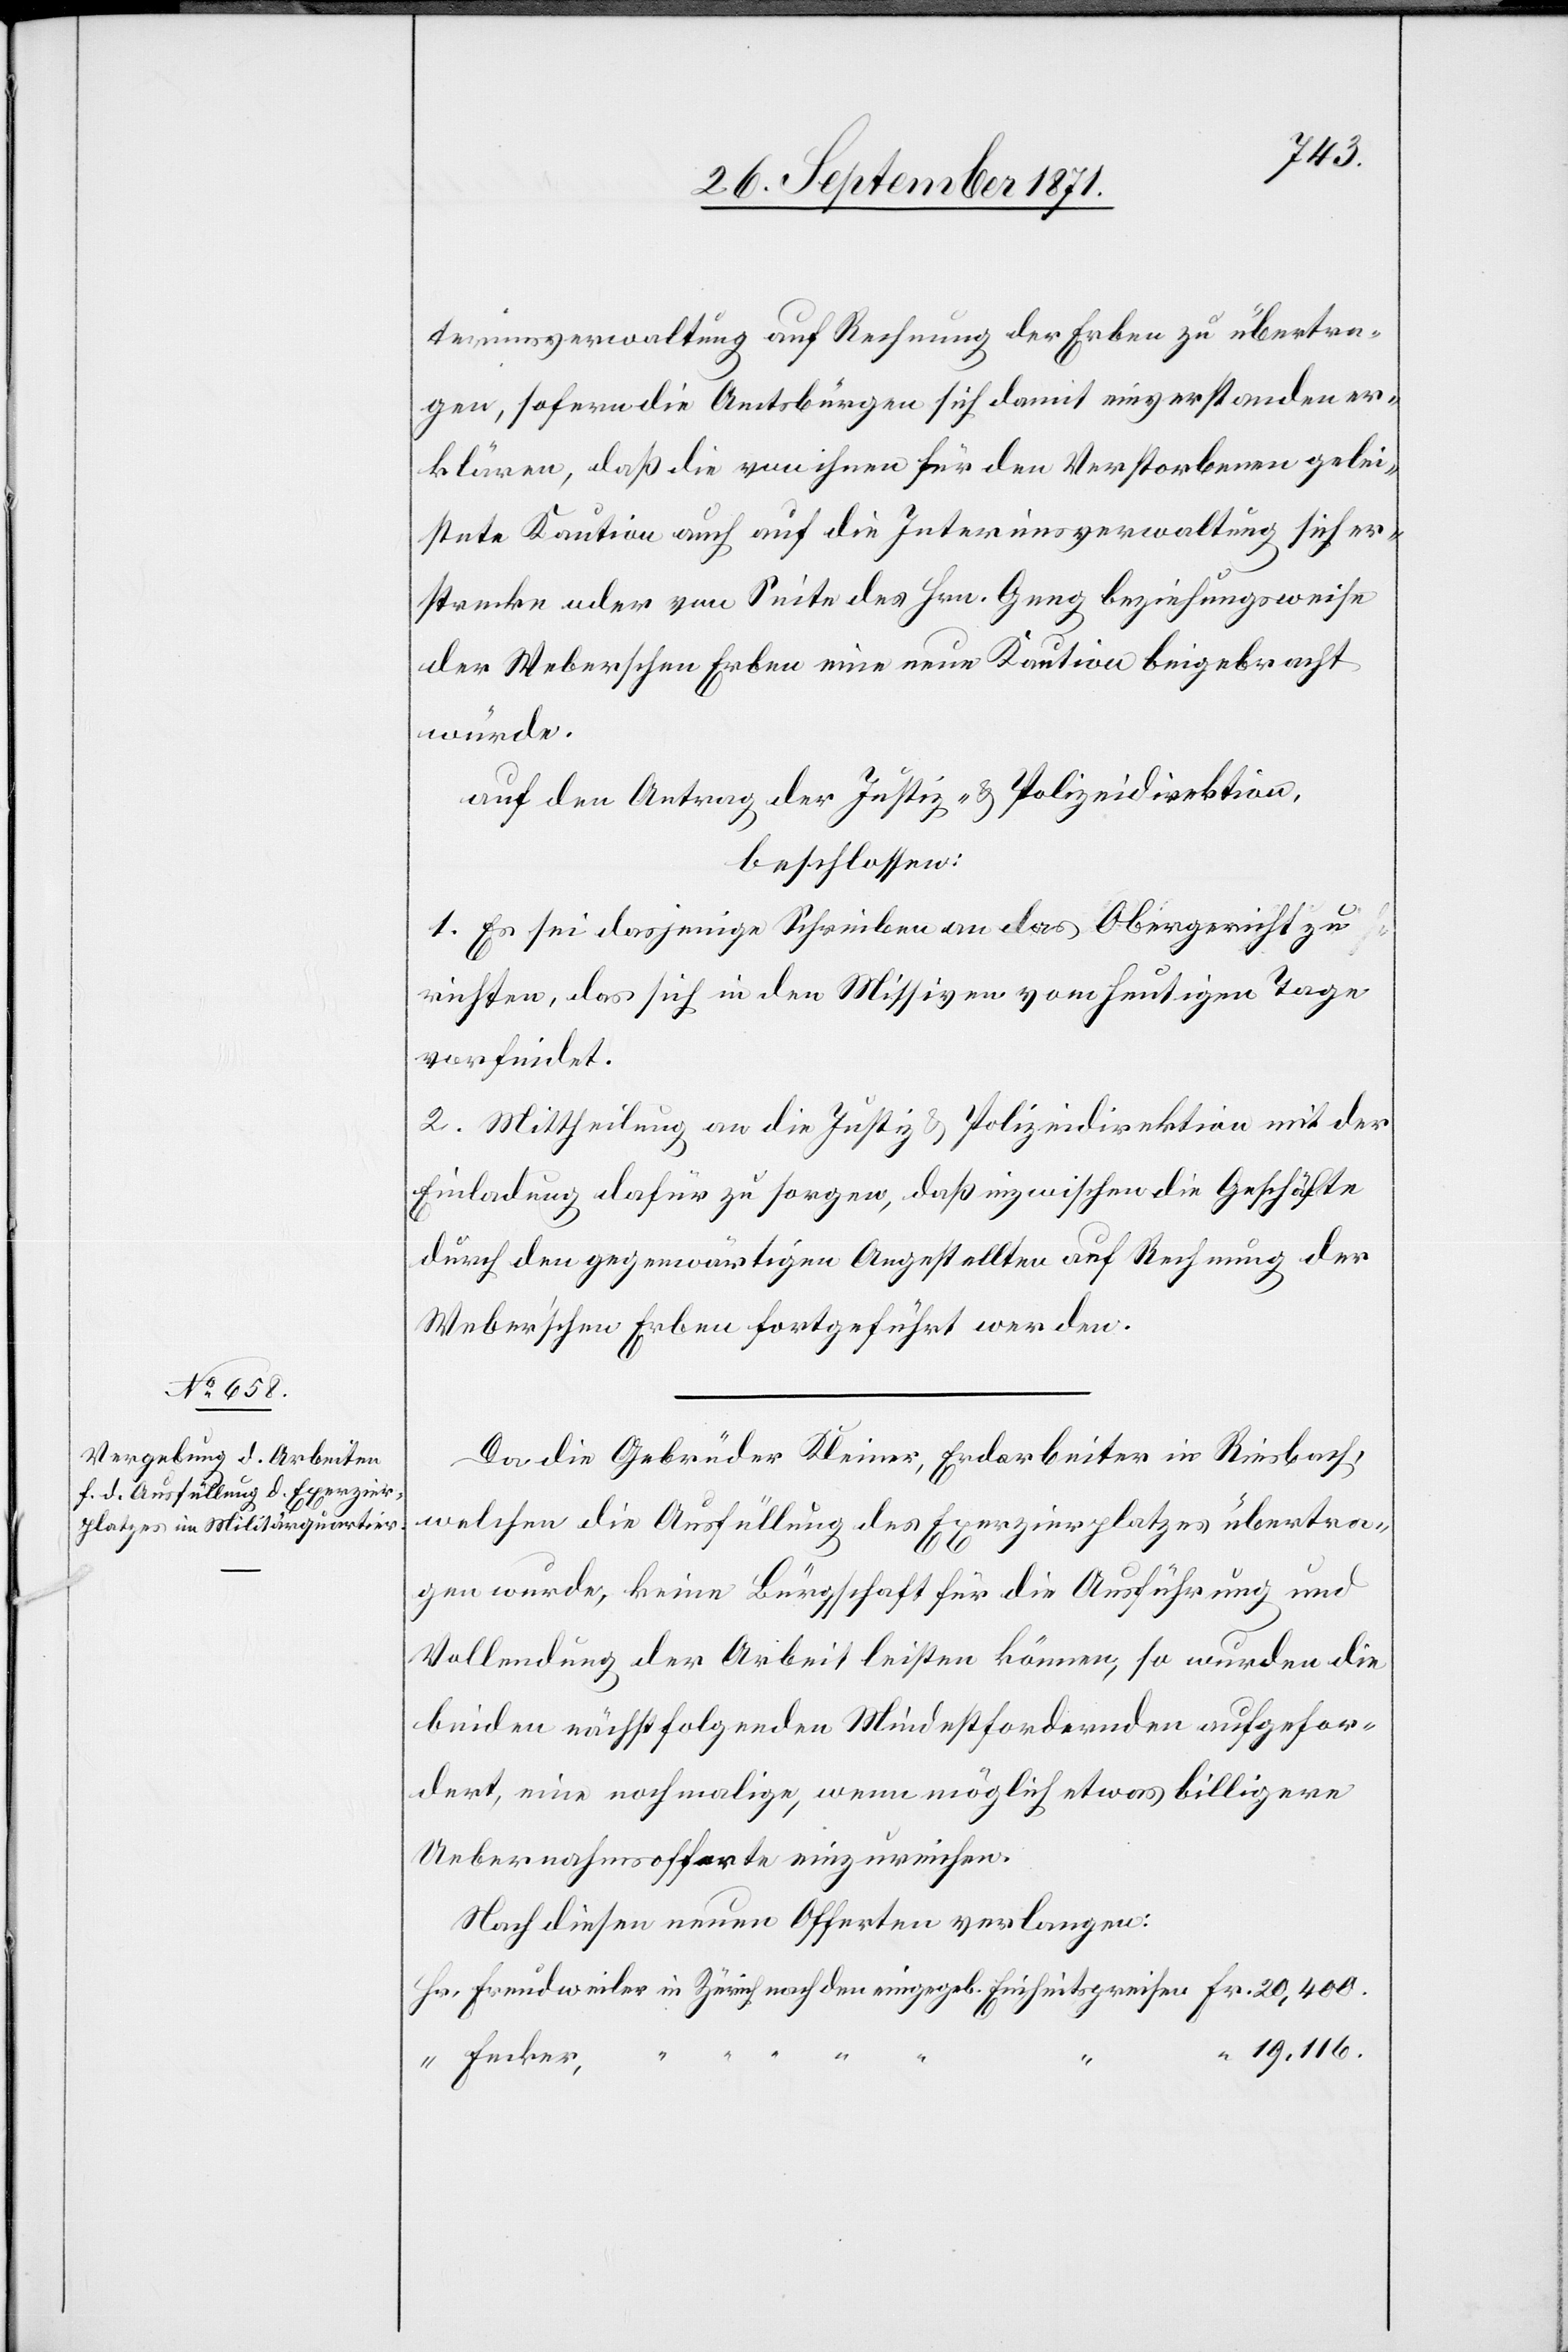
20,400.
terimsverwaltung auf Rechnung der Erben zu übertra¬
gen, sofern die Amtsbürger sich damit einverstanden er¬
klären, daß die von ihnen für den Verstorbenen gelie¬
ferte Kaution auch auf die Interimsverwaltung sich er¬
strecke oder von Seite des Hrn. Geng beziehungsweise
der Weberschen Erben eine neue Kaution beigebracht
würde.
auf den Antrag der Justiz- & Polizeidirektion
beschlossen:
1. Es sei dasjenige Schreiben an das Obergericht zu
richten, das sich in den Missiven vom heutigen Tage
vorfindet.
2. Mittheilung an die Justiz[-] & Polizeidirektion mit der
Einladung dafür zu sorgen, daß inzwischen die Geschäfte
durch den gegenwärtigen Angestellten auf Rechnung der
Weber’schen Erben fortgeführt werde.
Da die Gebrüder Kleiner, Erdarbeiter in Riesbach,
welchen die Ausfüllung des Exerzirplatzes übertra¬
gen wurde, keine Bürgschaft für die Ausführung und
Vollendung der Arbeit leisten können, so wurden die
beiden nächstfolgenden Mindestfordernden aufgefor¬
dert, eine nochmalige, wenn möglich etwas billigere
Uebernahmsofferte einzureichen.
Nach diesen neuen Offerten verlangen:
19,116.
“
Fecker